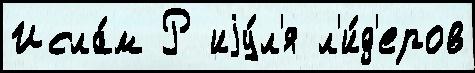
Исла́м Р иjу́л'я л'и́д'еров